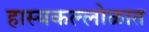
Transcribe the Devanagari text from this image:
हास्यकल्लोळात